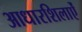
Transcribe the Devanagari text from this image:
आधारशिलाऐं